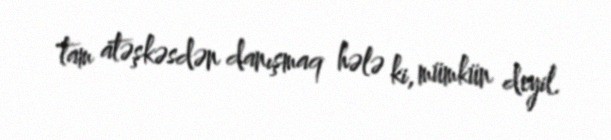
tam atəşkəsdən danışmaq hələ ki, mümkün deyil.